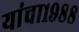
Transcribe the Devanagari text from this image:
यांचा१९८८